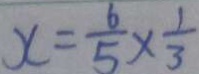
x = \frac { 6 } { 5 } \times \frac { 1 } { 3 }